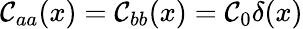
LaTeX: \mathcal{C}_{aa}(x)=\mathcal{C}_{bb}(x)=\mathcal{C}_{0}\delta(x)